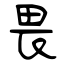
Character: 畏